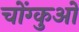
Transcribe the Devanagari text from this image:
चोंग्कुओ